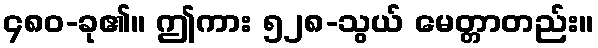
၄၈၀-ခု၏။ ဤကား ၅၂၈-သွယ် မေတ္တာတည်း။